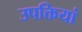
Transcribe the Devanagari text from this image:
उपक्तियां